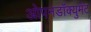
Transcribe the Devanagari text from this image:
ओपनडॉक्युमेंट